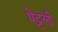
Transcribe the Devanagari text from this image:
ऐट्टली